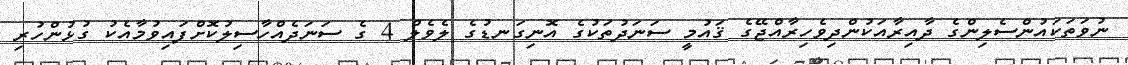
ނުވަތަކައުންސެލިންގެ ދާއިރާއަކުންދިވެހިރާއްޖޭގެ ޤައުމީ ސަނަދުތަކުގެ އޮނިގަނޑުގެ ލެވެލް 4 ގެ ސަނަދެއްހާސިލުކޮށްފައިވުމާއެކު ގުޅުންހުރި